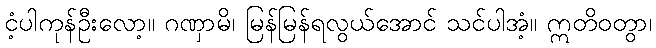
ငံ့ပါကုန်ဦးလော့။ ဂဏှာမိ၊ မြန်မြန်ရလွယ်အောင် သင်ပါအံ့။ ဣတိဝတွာ၊